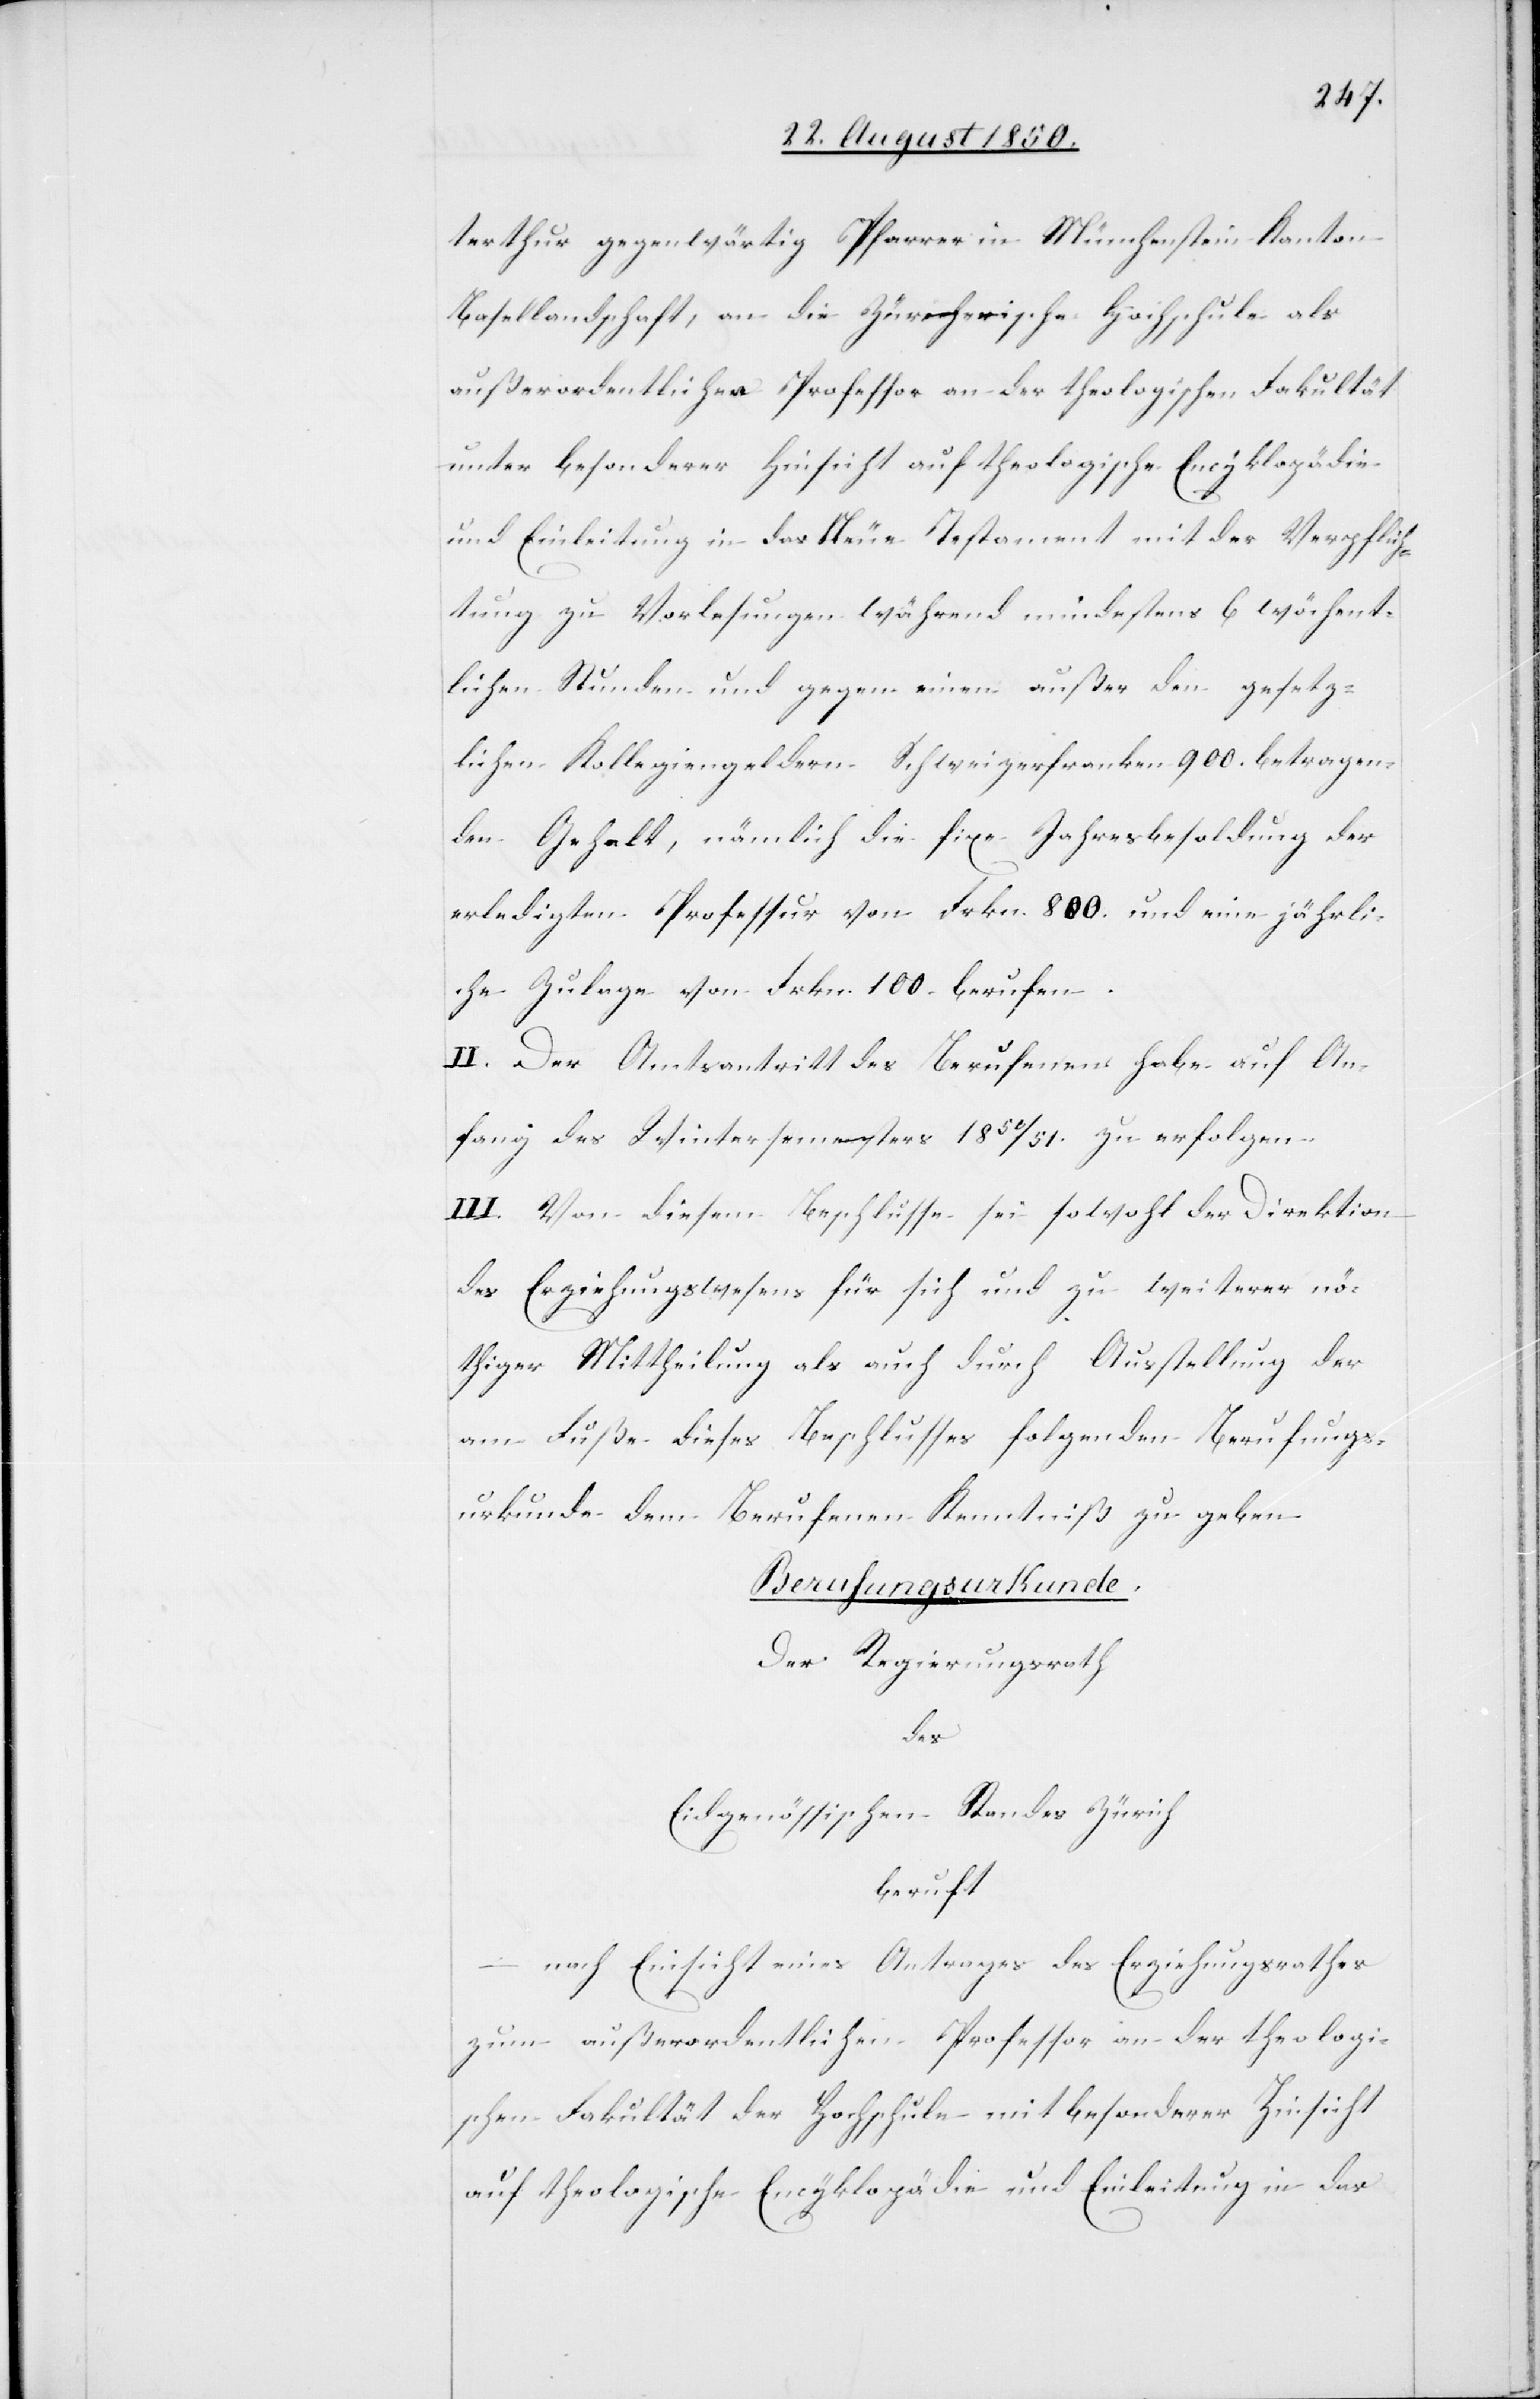
terthur gegenwärtig Pfarrer in Münchenstein Kanton
Basellandschaft, an die Zürcherische Hochschule als
außerordentlicher Professor an der theologischen Fakultät
unter besonderer Hinsicht auf theologische Encyklopädie
und Einleitung in das Neue Testament mit der Verpflich¬
tung zu Vorlesungen während mindestens 6 wöchent¬
lichen Stunden und gegen einen außer den gesetz¬
lichen Kollegiengeldern Schweizerfranken 900. betragen¬
den Gehalt, nämlich die fixe Jahresbesoldung der
erledigten Professur von Frkn. 800. und eine jährli¬
che Zulage von Frkn. 100. berufen.
II. Der Amtsantritt des Berufenen habe auf An¬
fang des Wintersemesters 1850/51. zu erfolgen.
III. Von diesem Beschlusse sei sowohl der Direktion
des Erziehungswesens für sich und zu weiterer nö¬
thiger Mittheilung als auch durch Ausstellung der
am Fuße dieses Beschlusses folgenden Berufungs¬
urkunde dem Berufenen Kenntniß zu geben.
Berufungsurkunde.
Der Regierungsrath
des
Eidgenössischen Standes Zürich
beruft
– nach Einsicht eines Antrages des Erziehungsrathes
zum außerordentlichen Professor an der theologi¬
schen Fakultät der Hochschule mit besonderer Hinsicht
auf theologische Encyklopädie und Einleitung in das